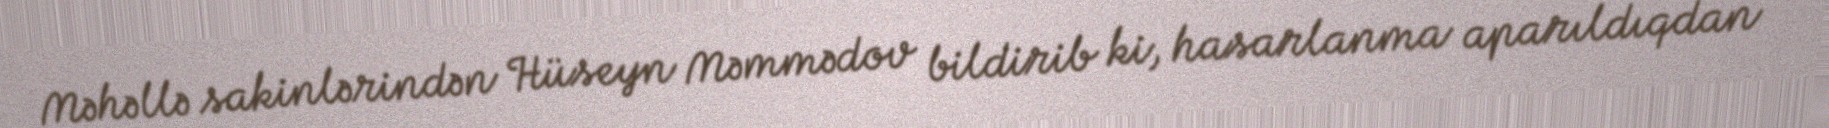
Məhəllə sakinlərindən Hüseyn Məmmədov bildirib ki, hasarlanma aparıldıqdan